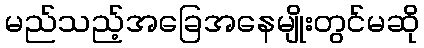
မည်သည့်အခြေအနေမျိုးတွင်မဆို